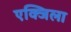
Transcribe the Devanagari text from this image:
एक्जिला